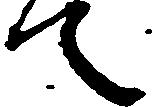
て